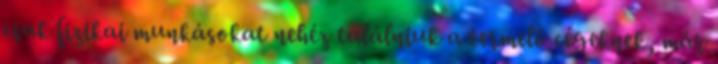
csak fizikai munkásokat nehéz találniuk a termelő cégeknek, már